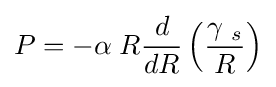
P=-\alpha \;R{\frac {d}{dR}}\left({\frac {\gamma \;_{s}}{R}}\right)\,\!